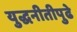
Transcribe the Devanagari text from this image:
युद्धनीतीपुढे